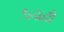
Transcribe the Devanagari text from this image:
१८९७चे